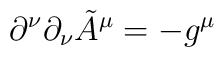
\partial^{\nu}\partial_{\nu} \tilde{A}^{\mu} = -g^{\mu}